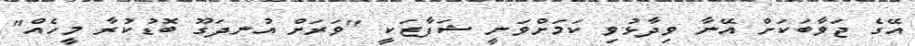
އޭގެ ޖަވާބަކަށް އޭނާ ވިދާޅުވި ކަމަށްވަނީ ޝަފާޒަކީ "ވަރަށް އުނދަގޫ ބޮޑުކުރާ މީހެއް"